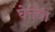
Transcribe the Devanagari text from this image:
घेतवा